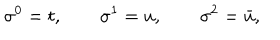
LaTeX: \sigma ^ { 0 } = t , \qquad \sigma ^ { 1 } = u , \qquad \sigma ^ { 2 } = \bar { u } ,